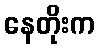
နေတိုးက